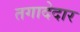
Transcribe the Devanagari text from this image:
तगादेदार